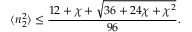
\langle n _ { 2 } ^ { 2 } \rangle \leq \frac { 1 2 + \chi + \sqrt { 3 6 + 2 4 \chi + \chi ^ { 2 } } } { 9 6 } .